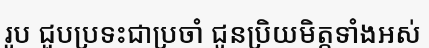
រូប ជួបប្រទះជាប្រចាំ ជូនប្រិយមិត្តទាំងអស់